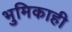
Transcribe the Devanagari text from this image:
भुमिकाही